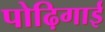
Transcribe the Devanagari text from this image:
पोढ़िगाई